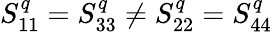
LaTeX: S_{11}^{q}=S_{33}^{q}\ne S_{22}^{q}=S_{44}^{q}